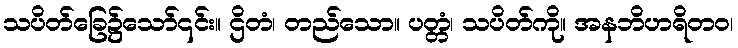
သပိတ်ခြေ၌သော်၎င်း။ ဌိတံ၊ တည်သော။ ပတ္တံ၊ သပိတ်ကို။ အနဘိဟရိတဝ၊